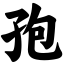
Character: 孢